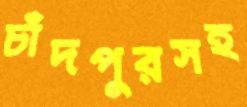
চাঁদপুরসহ